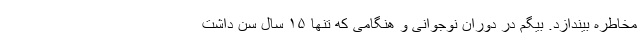
مخاطره بیندازد. بیگم در دوران نوجوانی و هنگامی که تنها ۱۵ سال سن داشت